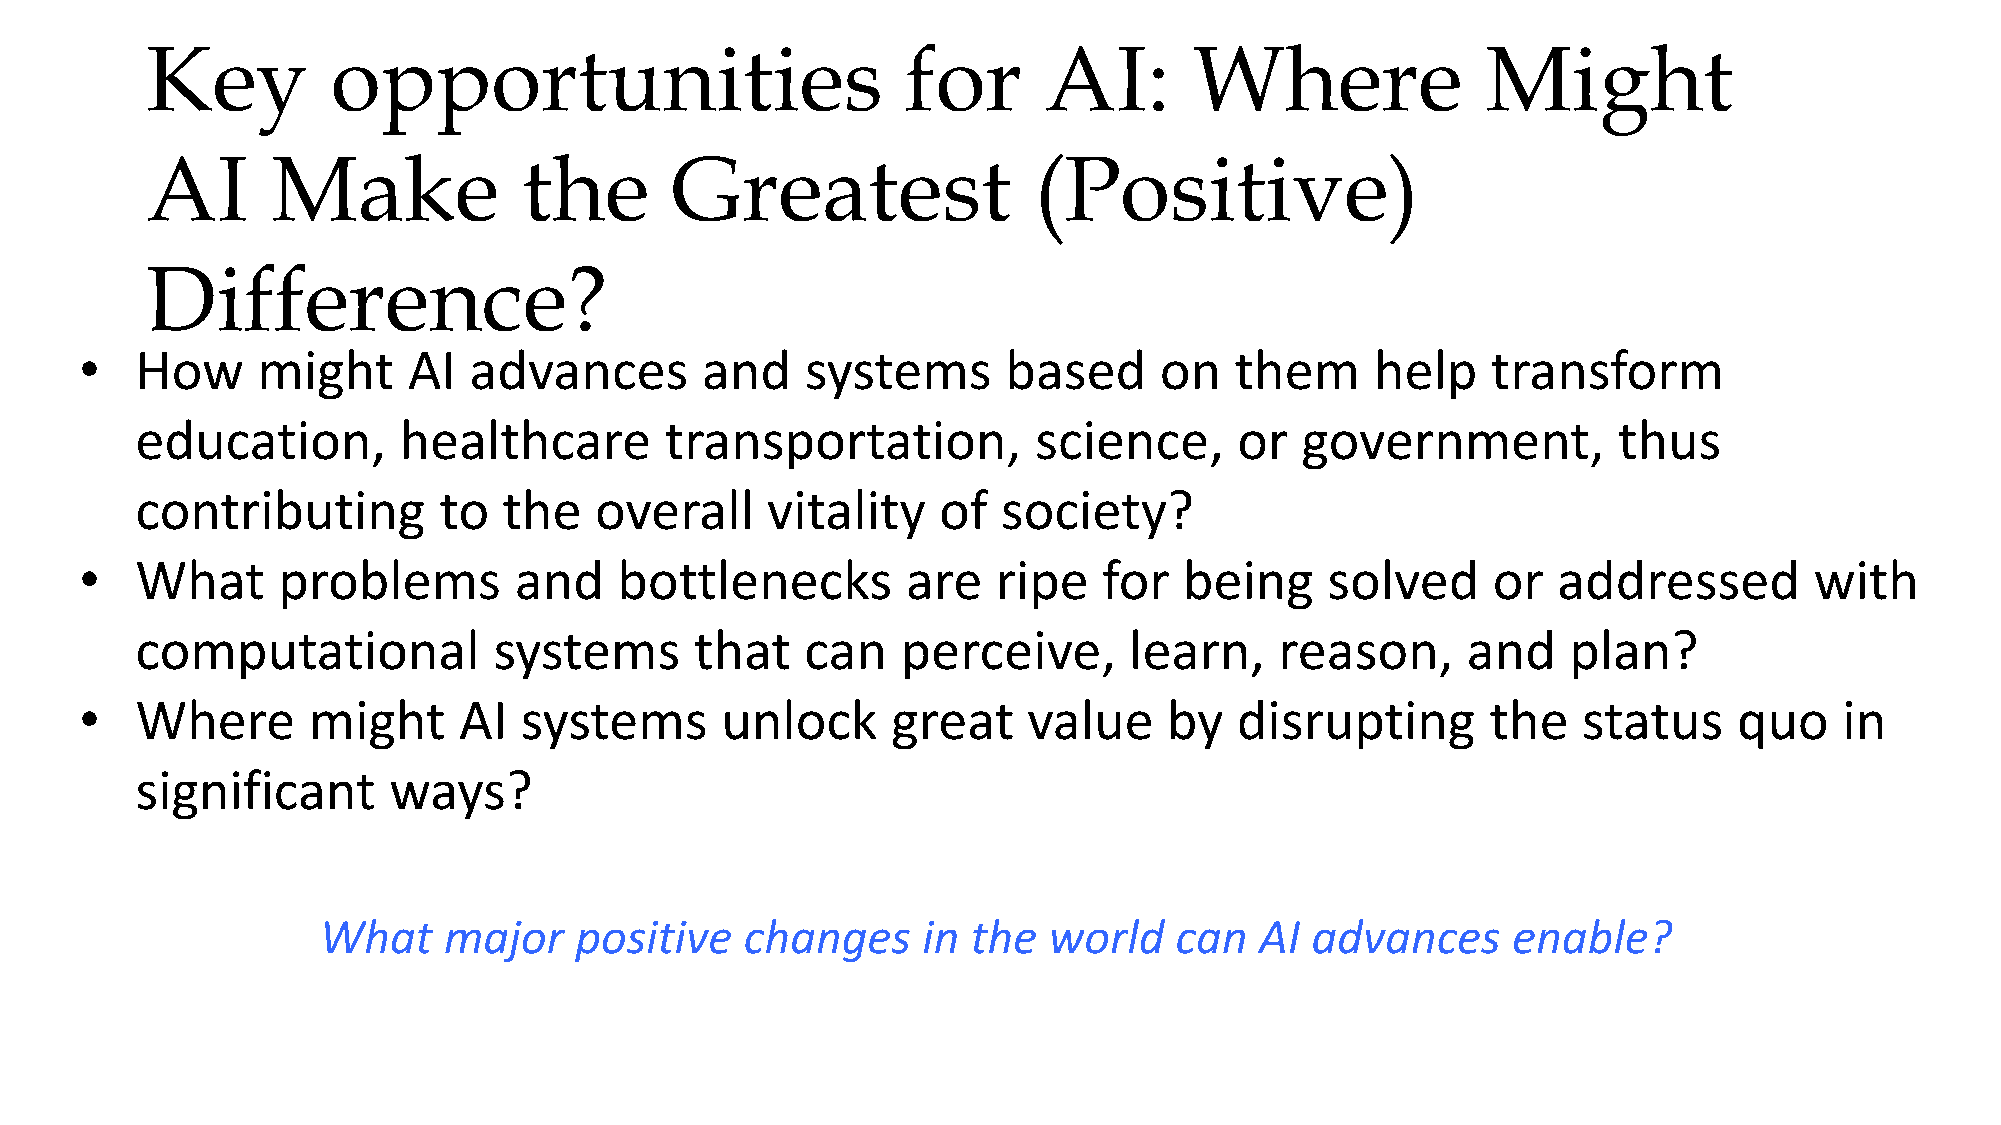
Key         opportunities                         for      AI:       Where              Might
 AI      Make             the      Greatest                (Positive)
 Difference?
 •   How     might     AI  advances       and    systems       based     on   them     help    transform
 education,       healthcare        transportation,         science,      or  government,          thus
 contributing        to  the   overall     vitality   of  society?
 •   What     problems        and    bottlenecks        are   ripe   for  being     solved     or  addressed        with
 computational           systems      that   can    perceive,      learn,    reason,     and    plan?
 •   Where      might     AI  systems       unlock     great    value    by   disrupting       the   status    quo    in
 significant      ways?
 What    major    positive   changes     in the  world    can  AI  advances     enable?